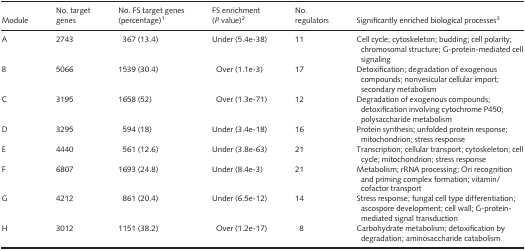
| Module | No. target genes | No. FS target genes (percentage)a | FS enrichment (P value)b | No. regulators | Significantly enriched biological processesc |
 | --- | --- | --- | --- | --- | --- |
 | A | 2743 | 367 (13.4) | Under (5.4e‐38) | 11 | Cell cycle; cytoskeleton; budding; cell polarity; chromosomal structure; G‐protein‐mediated cell signaling |
 | B | 5066 | 1539 (30.4) | Over (1.1e‐3) | 17 | Detoxification; degradation of exogenous compounds; nonvesicular cellular import; secondary metabolism |
 | C | 3195 | 1658 (52) | Over (1.3e‐71) | 12 | Degradation of exogenous compounds; detoxification involving cytochrome P450; polysaccharide metabolism |
 | D | 3295 | 594 (18) | Under (3.4e‐18) | 16 | Protein synthesis; unfolded protein response; mitochondrion; stress response |
 | E | 4440 | 561 (12.6) | Under (3.8e‐63) | 21 | Transcription; cellular transport; cytoskeleton; cell cycle; mitochondrion; stress response |
 | F | 6807 | 1693 (24.8) | Under (8.4e‐3) | 21 | Metabolism; rRNA processing; Ori recognition and priming complex formation; vitamin/cofactor transport |
 | G | 4212 | 861 (20.4) | Under (6.5e‐12) | 14 | Stress response; fungal cell type differentiation; ascospore development; cell wall; G‐protein‐mediated signal transduction |
 | H | 3012 | 1151 (38.2) | Over (1.2e‐17) | 8 | Carbohydrate metabolism; detoxification by degradation; aminosaccharide catabolism |